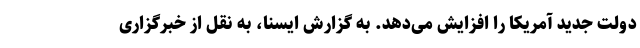
دولت جدید آمریکا را افزایش می‌دهد. به گزارش ایسنا، به نقل از خبرگزاری